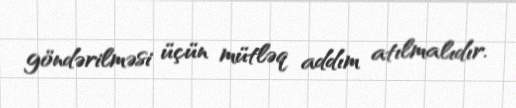
göndərilməsi üçün mütləq addım atılmalıdır.